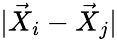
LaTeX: |\vec{X}_{\textit{i}}-\vec{X}_{\textit{j}}|